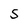
Character: 5